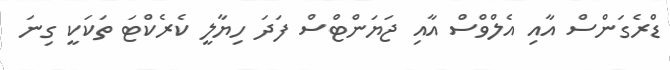
ޑްރެގަންސް އާއި އެލްވްސް އާއި ޖަޔަންޓްސް ފަދަ ހިޔާލީ ކެރެކްޓަ ތަކަކީ ގިނަ